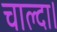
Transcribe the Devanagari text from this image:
चाल्दा।